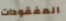
المفقودات